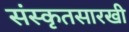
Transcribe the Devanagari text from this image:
संस्कृतसारखी